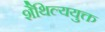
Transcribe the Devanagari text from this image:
शैथिल्ययुक्त